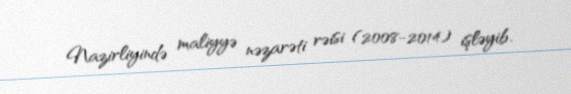
Nazirliyində maliyyə nəzarəti rəisi (2008-2014) işləyib.